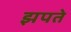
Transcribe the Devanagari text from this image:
झपते